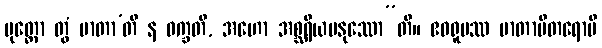
ပုတ္တော တွံ မာတာ’တိ န ဝက္ခတိ, အဟော အစ္ဆရိယမနုဿော”တိ။ ဧဝရူပဿ မာတာပိတရောပိ